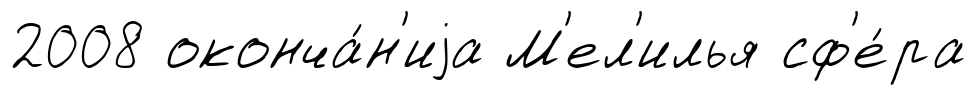
2008 оконча́н'иjа М'ел'илья сф'е́ра